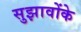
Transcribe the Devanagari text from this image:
सुझावोंके